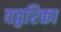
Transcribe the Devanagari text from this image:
वठ्ठरिका